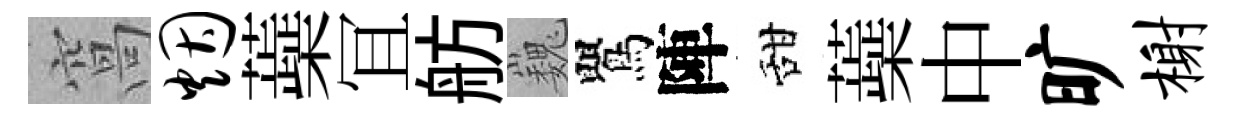
窩烟蘃冝舫巍鸎陣甜蘃中旷榭